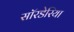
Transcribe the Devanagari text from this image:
सॉरडेरिया